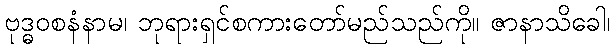
ဗုဒ္ဓဝစနံနာမ၊ ဘုရားရှင်စကားတော်မည်သည်ကို။ ဇာနာသိခေါ၊